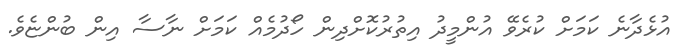
އުޅެދާނެ ކަމަށް ކުރެވޭ އުންމީދު އިތުރުކޮށްދިން ހޯދުމެއް ކަމަށް ނާސާ އިން ބުންޏެވެ.